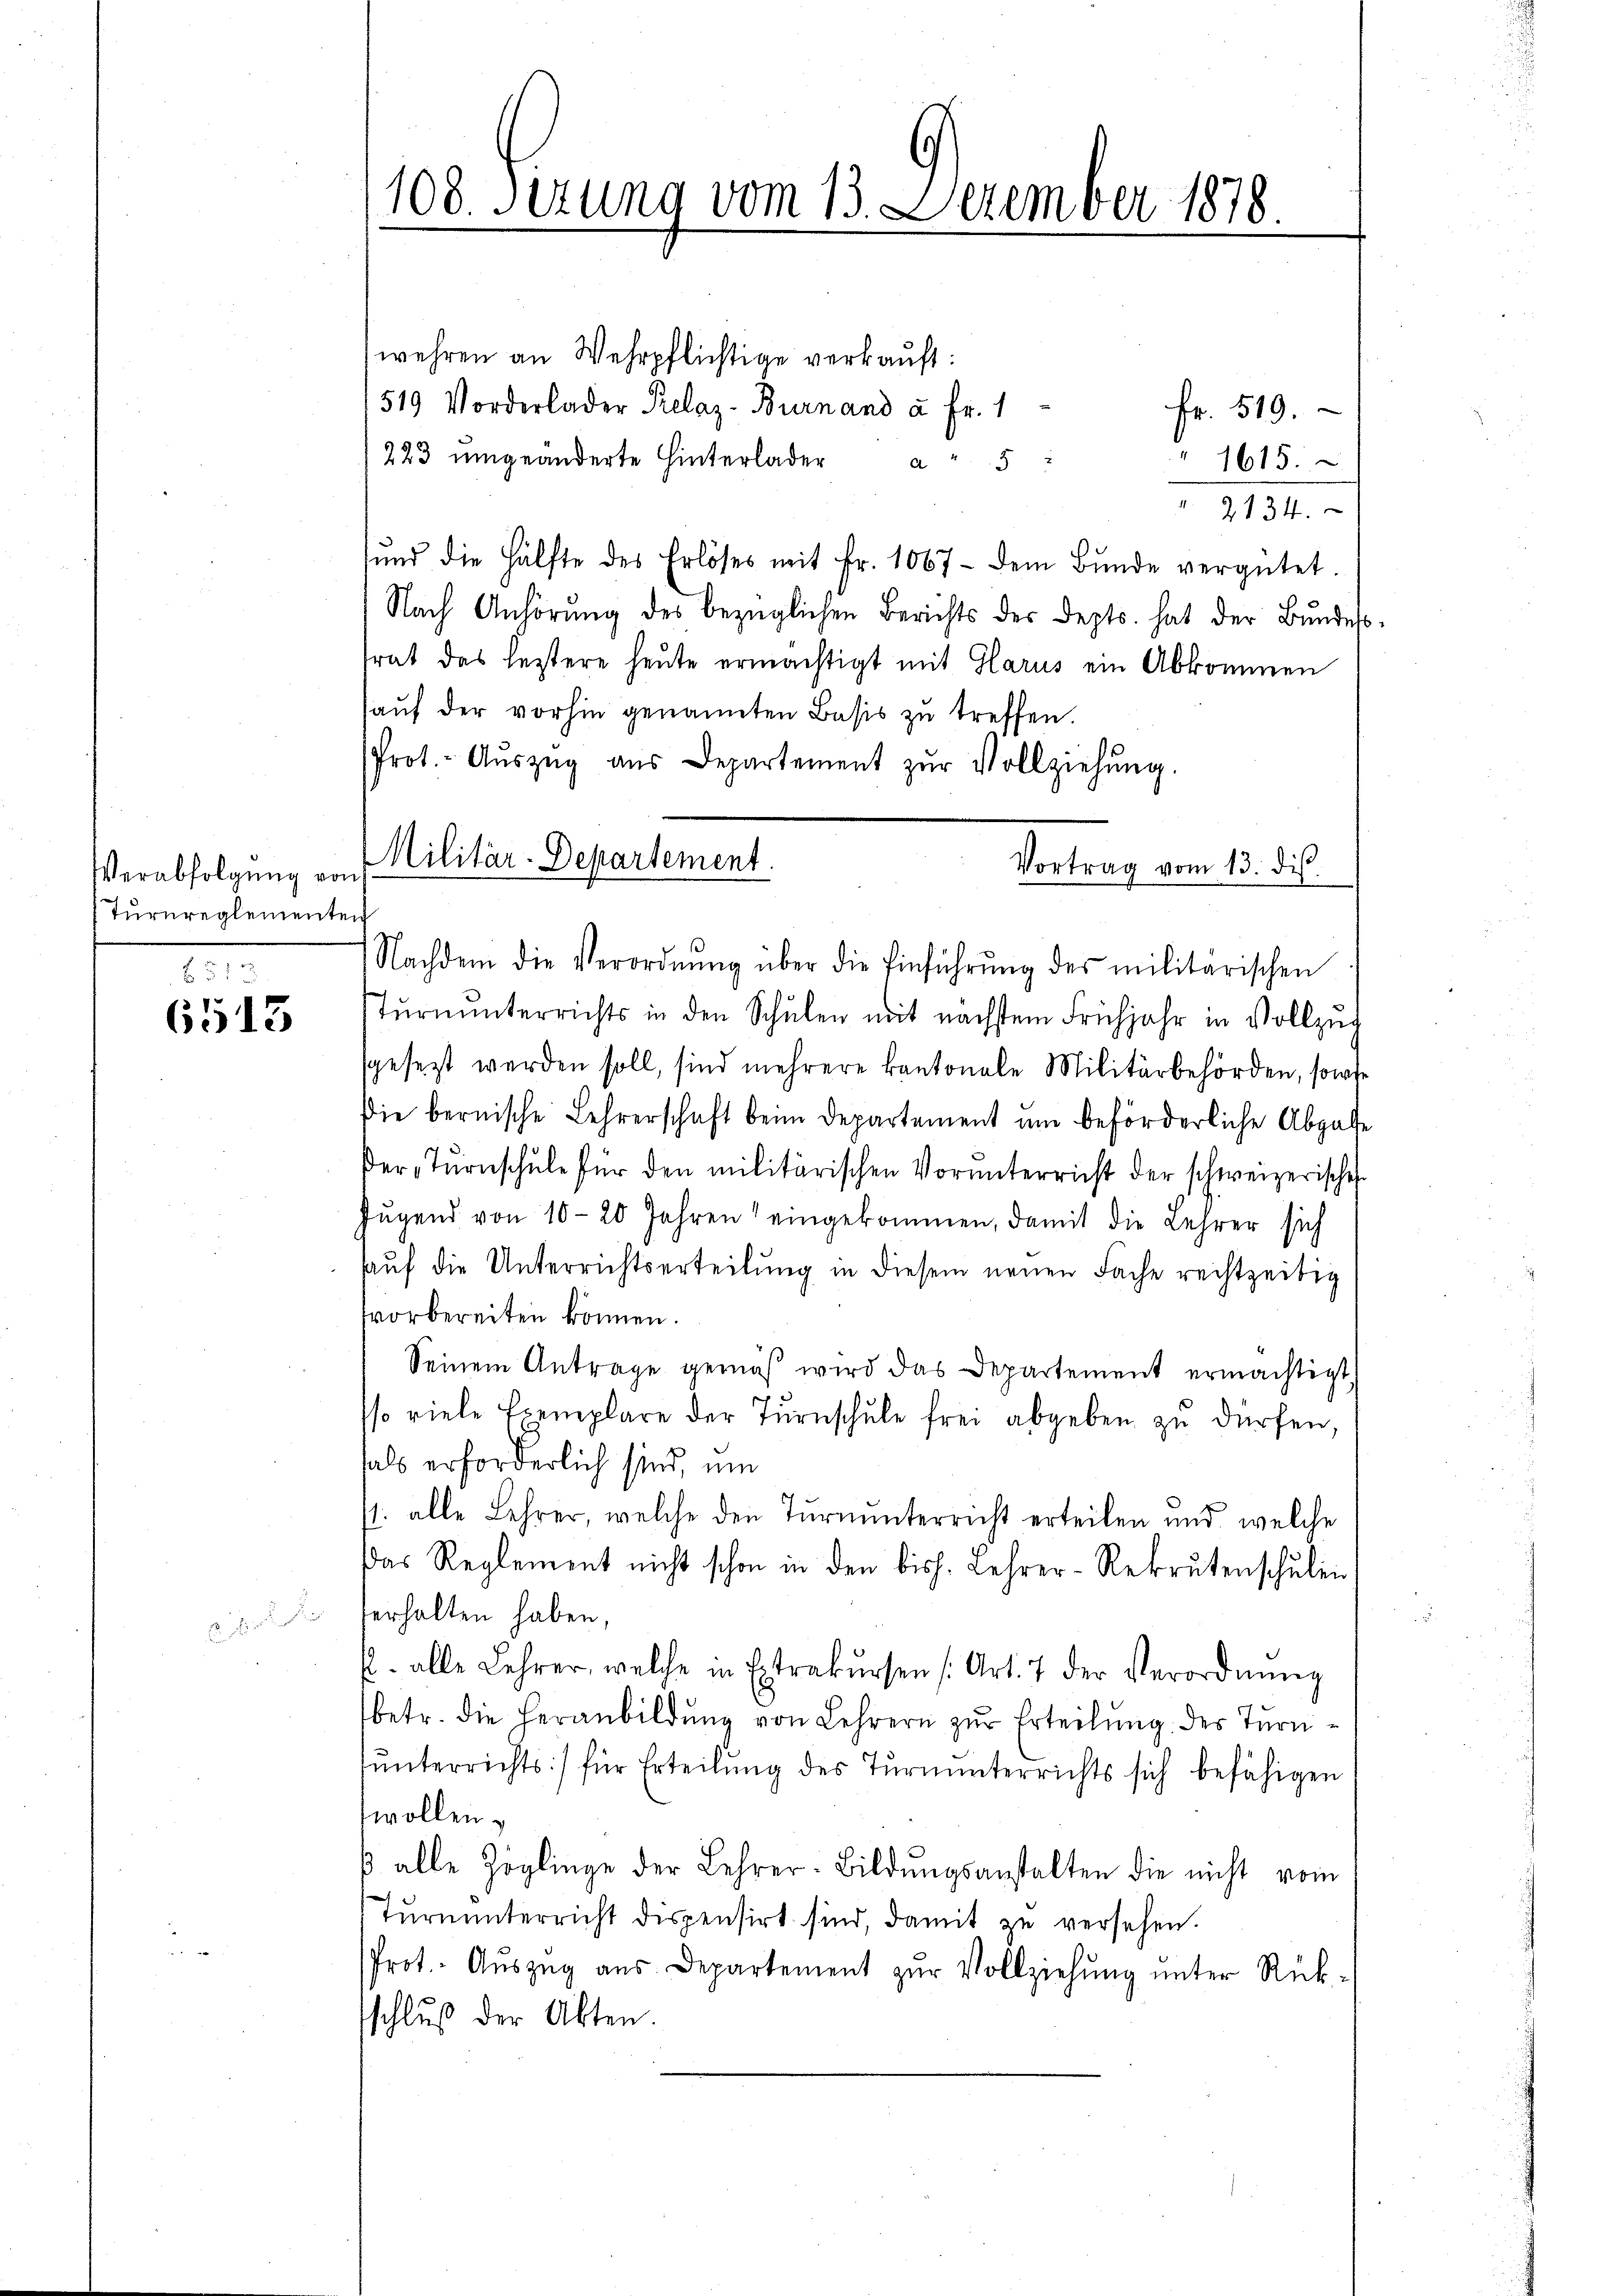
Verabfolgung von
Turnreglementen

512
6513

108. Serung vom 13. Dezember 1878

Militär-Departement.
Vortrag vom 13. ds.
2

wehren an Wehrpflichtige verkauft:
519 Vorderlader Relaz-Burnand à Fr. 1
Fr. 519.
223 ŭmgeänderte Hinterlader a
" 1615.
1131.
und die Hälfte des Erlöses mit Fr. 1067 - dem Bŭnde vergütet.
Nach Anhörŭng des bezüglichen Berichts der Depts. hat der Bŭndes
srat das leztere heute ermächtigt mit Glarus ein Abkommen
aŭf der vorhin genannten Basis zu treffen.
Prot.- Aŭszŭg aŭs Departement zŭr Vollziehŭng.
Nachdem die Verordnŭng über die Einführŭng des militarischen
Tŭrnŭnterrichts in den Schŭlen mit nächstem Frühjahr in Vollzŭg
sgesezt werden soll, sind mehrere kantonale Militärbehörden, sowie
Die bernische Lehrerschaft beim Departement um beförderliche Abgabe
er-Tŭrnschule für den militärischen Vorunterricht der schweizerische
Jŭgend von 10-20 Jahren eingekommen, damit die Lehrer sich
auf die Unterrichtserteilung in diesem neuen Fache rechtzeitig
svorbereiten können.
Seinem Antrage gemäβ wird das Departement ermächtigt,
.
so viele Exemplare der Turnschule frei abgeben zu dürfen,
hals erforderlich sind, um
1. alle Lehrer, welche den Turnunterricht erteilen und welche
das Reglement nicht schon in den bis. Lehrer-Rekrutenschulen
erhalten haben,
p. alle Lehrer, welche in Extrakŭrsen (Art. 7 der Verordnŭng
betr. die heranbildŭng von Lehrern zŭr Erteilŭng des Tŭrn-
tŭnterrichts) für Erteilŭng des Tŭrnŭnterrichts sich befähigen
wollen.
β alle Zöglinge der Lehrer-Bildŭngsanstalten die nicht vom
Tŭrnŭnterricht dispensirt sind, damit zŭ versehen.
Prot. Aŭszŭg aŭs Departement zŭr Vollziehŭng ŭnter Rück-
schluß der Akten.